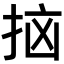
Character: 𫼭